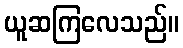
ယူဆကြလေသည်။